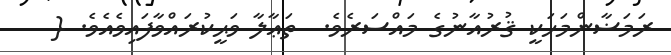
ރަމަޟާންމަހަކީ ޤުރުއާނުގެ މައްސަރެވެ.  ތަޢާލާ ވަޙީކުރައްވާފައިވެއެވެ. {